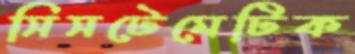
সিসটেমেটিক